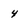
Character: 4